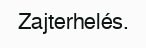
Zajterhelés.